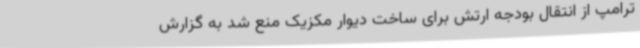
ترامپ از انتقال بودجه ارتش برای ساخت دیوار مکزیک منع شد به گزارش